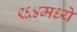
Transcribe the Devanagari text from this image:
९६४मध्ये